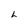
Character: h